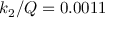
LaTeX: k _ { 2 } / Q = 0 . 0 0 1 1